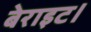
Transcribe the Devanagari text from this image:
बेराइट।